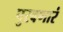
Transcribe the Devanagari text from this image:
पुरवणारं